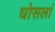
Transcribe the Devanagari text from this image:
घोसलां